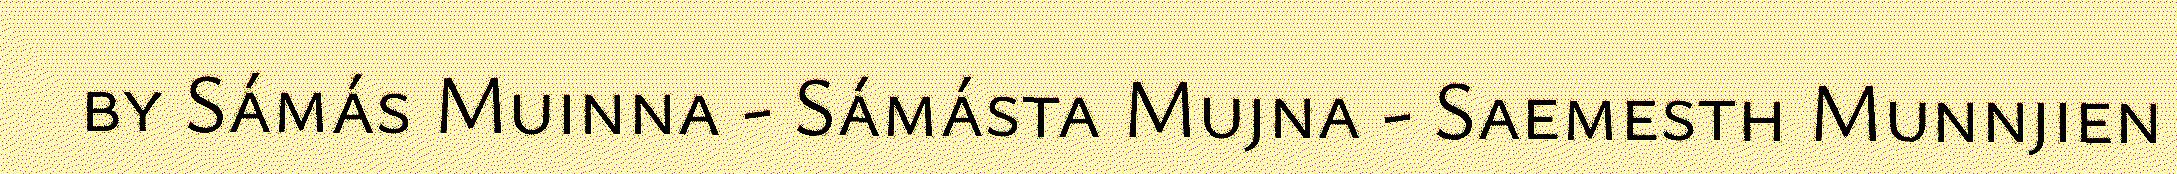
by Sámás Muinna - Sámásta Mujna - Saemesth Munnjien